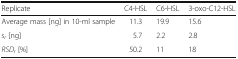
<table><thead><tr><td><b>Replicate</b></td><td><b>C4-HSL</b></td><td><b>C6-HSL</b></td><td><b>3-oxo-C12-HSL</b></td></tr></thead><tbody><tr><td>Average mass [ng] in 10-ml sample</td><td>11.3</td><td>19.9</td><td>15.6</td></tr><tr><td><i>s</i><sub><i>r</i></sub> [ng]</td><td>5.7</td><td>2.2</td><td>2.8</td></tr><tr><td><i>RSD</i><sub><i>r</i></sub> [%]</td><td>50.2</td><td>11</td><td>18</td></tr></tbody></table>